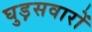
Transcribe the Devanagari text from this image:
घुड़़सवारों